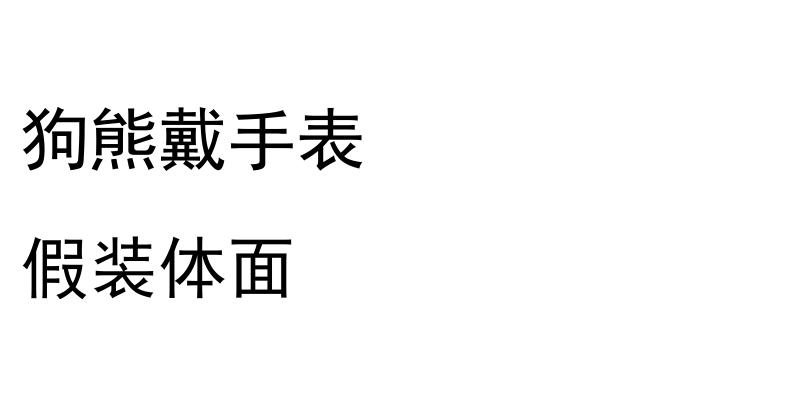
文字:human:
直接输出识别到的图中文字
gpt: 狗熊戴手表 假装体面